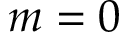
m = 0